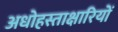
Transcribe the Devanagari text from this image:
अधोहस्ताक्षारियों